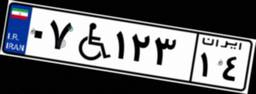
۰۷W۱۲۳۱۴